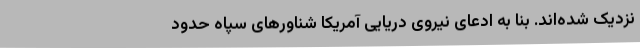
نزدیک شده‌اند. بنا به ادعای نیروی دریایی آمریکا شناورهای سپاه حدود